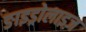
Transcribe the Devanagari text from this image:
ङाइड्रोलाइज़